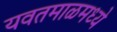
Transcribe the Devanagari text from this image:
यवतमाळमध्ये